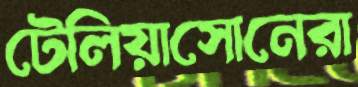
টেলিয়াসোনেরা